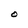
Character: O